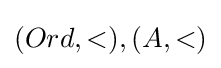
(Ord,<),(A,<)